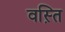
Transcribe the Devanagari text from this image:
वस़्ति